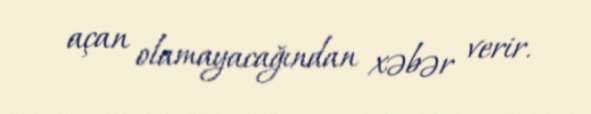
açan olamayacağından xəbər verir.